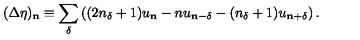
( \Delta \eta ) _ { \mathbf { n } } \equiv \sum _ { \delta } \left( ( 2 n _ { \delta } + 1 ) u _ { \mathbf { n } } - n u _ { \mathbf { n } - \delta } - ( n _ { \delta } + 1 ) u _ { \mathbf { n } + \delta } \right) .